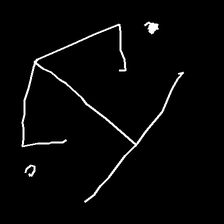
Glyph: earth